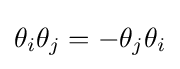
\theta _{i}\theta _{j}=-\theta _{j}\theta _{i}